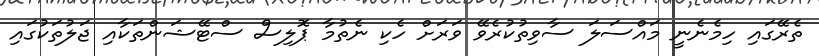
ތެރޭގައި ހިމެނެނީ މައްސަލަ ސާވިތުކުރެވޭ ވަރަށް ހެކި ނެތުމާ ޕޮލިސް ސްޓޭޝަންތަކާއި ޖަލުތަކުގައި